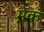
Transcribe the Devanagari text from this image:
मे़क